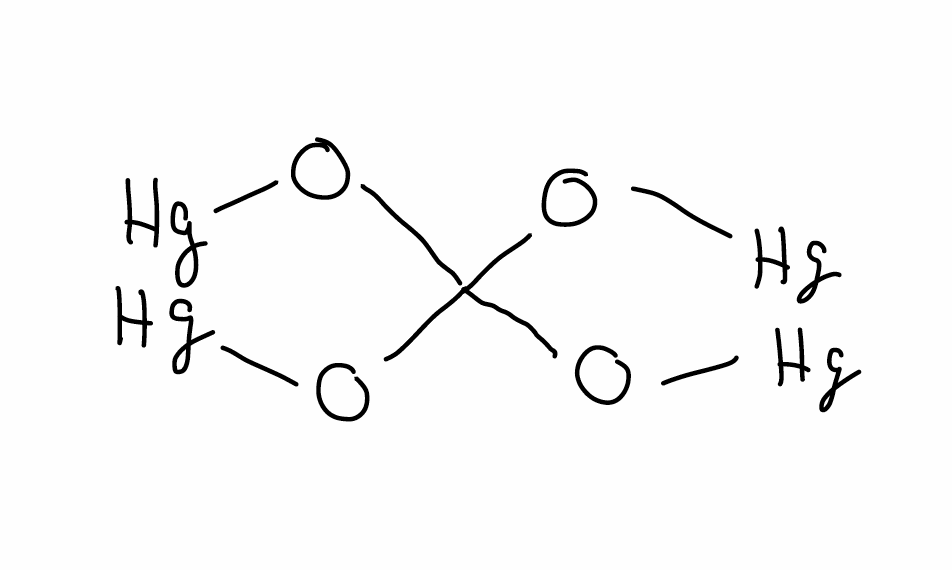
Simplified molecular-input line-entry system (SMILES) notation of the given molecule:
C(O[Hg])(O[Hg])(O[Hg])O[Hg]